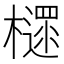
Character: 𣝋